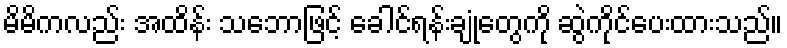
မိမိကလည်း အထိန်း သဘောဖြင့် ခေါင်ရန်းချုံတွေကို ဆွဲကိုင်ပေးထားသည်။